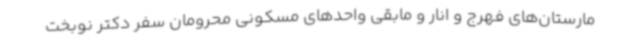
مارستان‌های فهرج و انار و مابقی واحدهای مسکونی محرومان سفر دکتر نوبخت